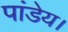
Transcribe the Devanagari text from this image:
पांडेय।